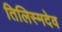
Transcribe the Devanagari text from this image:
तिलिस्मदेव